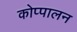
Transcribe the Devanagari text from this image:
कोप्पालन